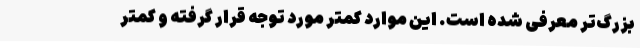
بزرگ‌تر معرفی شده است. این موارد کمتر مورد توجه قرار گرفته و کمتر